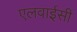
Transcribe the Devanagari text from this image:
एलवाईसी